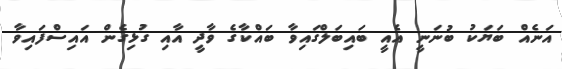
އަނެއް ބަޔަކު ބުނަނީ އެއީ ބައިބަލްގައިވާ ބައްކާގެ ވާދީ އާއި ގުޅިގެން އައިސްފައިވާ